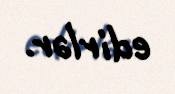
edirlər.